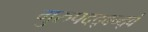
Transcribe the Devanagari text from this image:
गुरुपदद्वन्द्वं